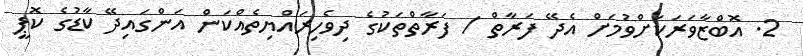
2. އޮބްޒާވަރަކަށްވުމަށް އެދޭ ފަރާތް / ފަރާތްތަކުގެ ދިވެހިރައްޔިތެއްކަން އަންގައިދޭ ކާޑުގެ ކޮޕީ